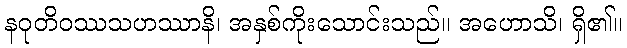
နဝုတိဝဿသဟဿာနိ၊ အနှစ်ကိုးသောင်းသည်။ အဟောသိ၊ ရှိ၏။